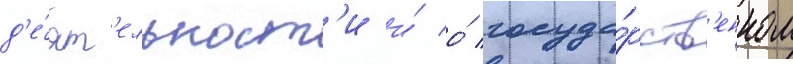
д'е́ят'ельност'и и́ о́ госуда́рств'енном